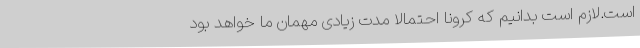
است.لازم است بدانیم که کرونا احتمالا مدت زیادی مهمان ما خواهد بود